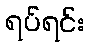
ရပ်ရင်း